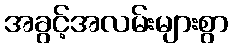
အခွင့်အလမ်းများစွာ